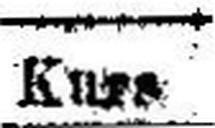
Kurs